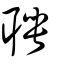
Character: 聘